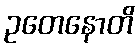
ဥတေနောတိ